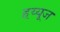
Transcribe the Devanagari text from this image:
हय्यूज